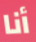
أنا